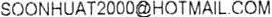
SOONHUAT2000@HOTMAIL.COM